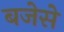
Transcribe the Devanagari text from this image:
बजेसे